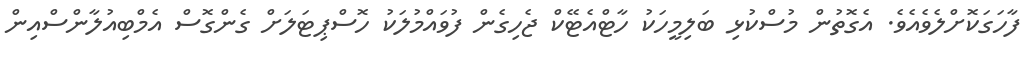
ފާހަގަކޮށްލެވެއެވެ. އެގޮތުން މުސްކުޅި ބަލިމީހަކު ހާޓްއެޓޭކް ޖެހިގެން ފުވައްމުލަކު ހޮސްޕިޓަލަށް ގެންގޮސް އެމްބިއުލާންސްއިން